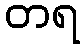
တရ